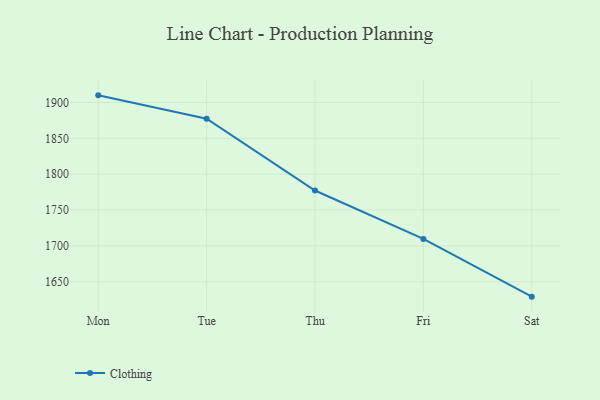
{"axis": {"x": "Day", "y": "Churn Rate (%)"}, "legend": ["Clothing"], "data": [{"x": "Mon", "y": 1909.9, "type": "Clothing"}, {"x": "Tue", "y": 1877.3, "type": "Clothing"}, {"x": "Thu", "y": 1777.2, "type": "Clothing"}, {"x": "Fri", "y": 1709.7, "type": "Clothing"}, {"x": "Sat", "y": 1629.2, "type": "Clothing"}]}